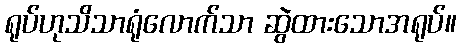
ရုပ်ဟုသိသာရုံလောက်သာ ဆွဲထားသောအရုပ်။